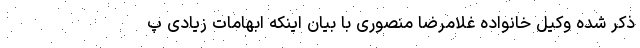
ذکر شده وکیل خانواده غلامرضا منصوری با بیان اینکه ابهامات زیادی پ